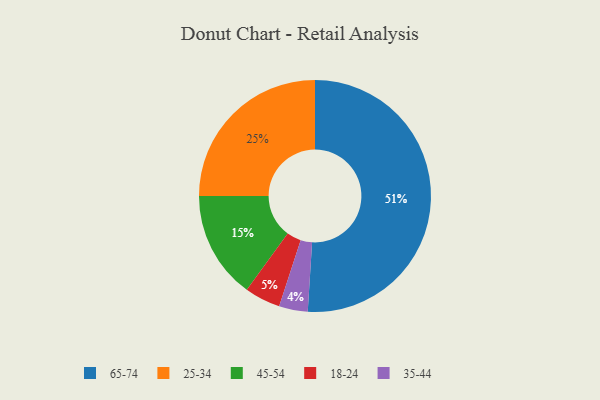
{"axis": {"x": "Category", "y": "Percentage"}, "legend": ["18-24", "25-34", "35-44", "45-54", "65-74"], "data": [{"x": "25-34", "y": 25, "type": "25-34"}, {"x": "45-54", "y": 15, "type": "45-54"}, {"x": "65-74", "y": 51, "type": "65-74"}, {"x": "35-44", "y": 4, "type": "35-44"}, {"x": "18-24", "y": 5, "type": "18-24"}]}